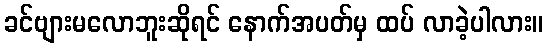
ခင်ဗျားမလောဘူးဆိုရင် နောက်အပတ်မှ ထပ် လာခဲ့ပါလား။